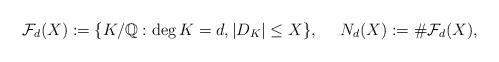
LaTeX: \begin{align*}\mathcal{F}_d(X) := \{K/\mathbb{Q} : \mathrm{deg}\, K = d, |D_K|\leq X\}, \ \ \ \ N_d(X) := \# \mathcal{F}_d(X),\end{align*}